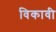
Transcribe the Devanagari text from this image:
विकावी